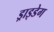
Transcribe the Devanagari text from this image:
ड्राइडेग